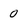
Character: 0